Specificity of antivenomous sera - Number 5
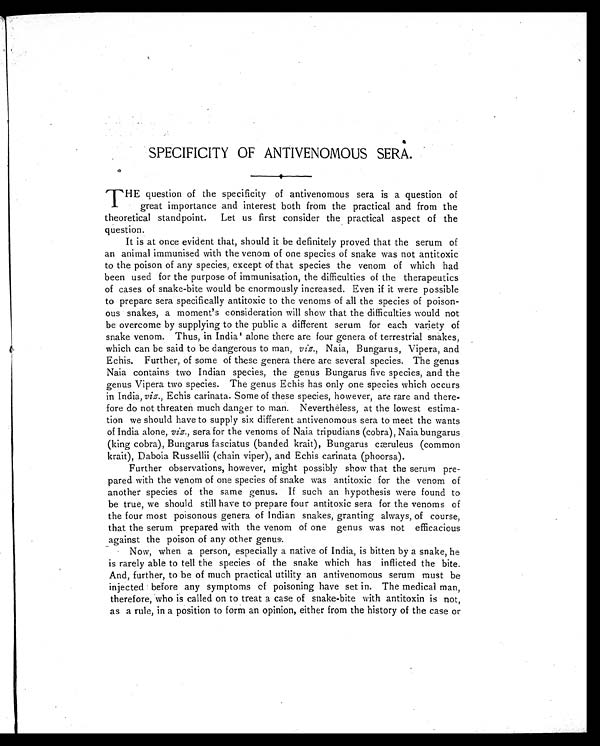
SPECIFICITY OF ANTIVENOMOUS SERA.
THE question of the specificity of antivenomous sera is a question of
great importance and interest both from the practical and from the
theoretical standpoint. Let us first consider the practical aspect of the
question.
It is at once evident that, should it be definitely proved that the serum of
an animal immunised with the venom of one species of snake was not antitoxic
to the poison of any species, except of that species the venom of which had
been used for the purpose of immunisation, the difficulties of the therapeutics
of cases of snake-bite would be enormously increased. Even if it were possible
to prepare sera specifically antitoxic to the venoms of all the species of poison-
ous snakes, a moment's consideration will show that the difficulties would not
be overcome by supplying to the public a different serum for each variety of
snake venom. Thus, in India alone there are four genera of terrestrial snakes,
which can be said to be dangerous to man, viz., Naia, Bungarus, Vipera, and
Echis. Further, of some of these genera there are several species. The genus
Naia contains two Indian species, the genus Bungarus five species, and the
genus Vipera two species. The genus Echis has only one species which occurs
in India, viz., Echis carinata. Some of these species, however, are rare and there-
fore do not threaten much danger to man. Nevertheless, at the lowest estima-
tion we should have to supply six different antivenomous sera to meet the wants
of India alone, viz., sera for the venoms of Naia tripudians (cobra), Naia bungarus
(king cobra), Bungarus fasciatus (banded krait), Bungarus cæruleus (common
krait), Daboia Russellii (chain viper), and Echis carinata (phoorsa).
Further observations, however, might possibly show that the serum pre-
pared with the venom of one species of snake was antitoxic for the venom of
another species of the same genus. If such an hypothesis were found to
be true, we should still have to prepare four antitoxic sera for the venoms of
the four most poisonous genera of Indian snakes, granting always, of course,
that the serum prepared with the venom of one genus was not efficacious
against the poison of any other genus-.
Now, when a person, especially a native of India, is bitten by a snake, he
is rarely able to tell the species of the snake which has inflicted the bite.
And, further, to be of much practical utility an antivenomous serum must be
injected before any symptoms of poisoning have set in. The medical man,
therefore, who is called on to treat a case of snake-bite with antitoxin is not,
as a rule, in a position to form an opinion, either from the history of the case or